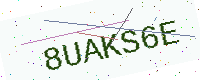
Text: 8UAKS6E